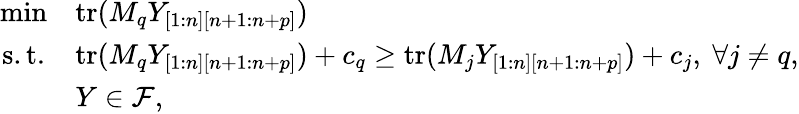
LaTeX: \begin{array}{cl}{\operatorname*{min}}&{\mathrm{tr}(M_{q}Y_{[1:n][n+1:n+p]})}\\ {\mathrm{s.t.}}&{\mathrm{tr}(M_{q}Y_{[1:n][n+1:n+p]})+c_{q}\ge\mathrm{tr}(M_{j}Y_{[1:n][n+1:n+p]})+c_{j},~\forall j\neq q,}\\ &{Y\in\mathcal{F},}\end{array}